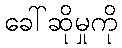
ခေါ်ဆိုမှုကို